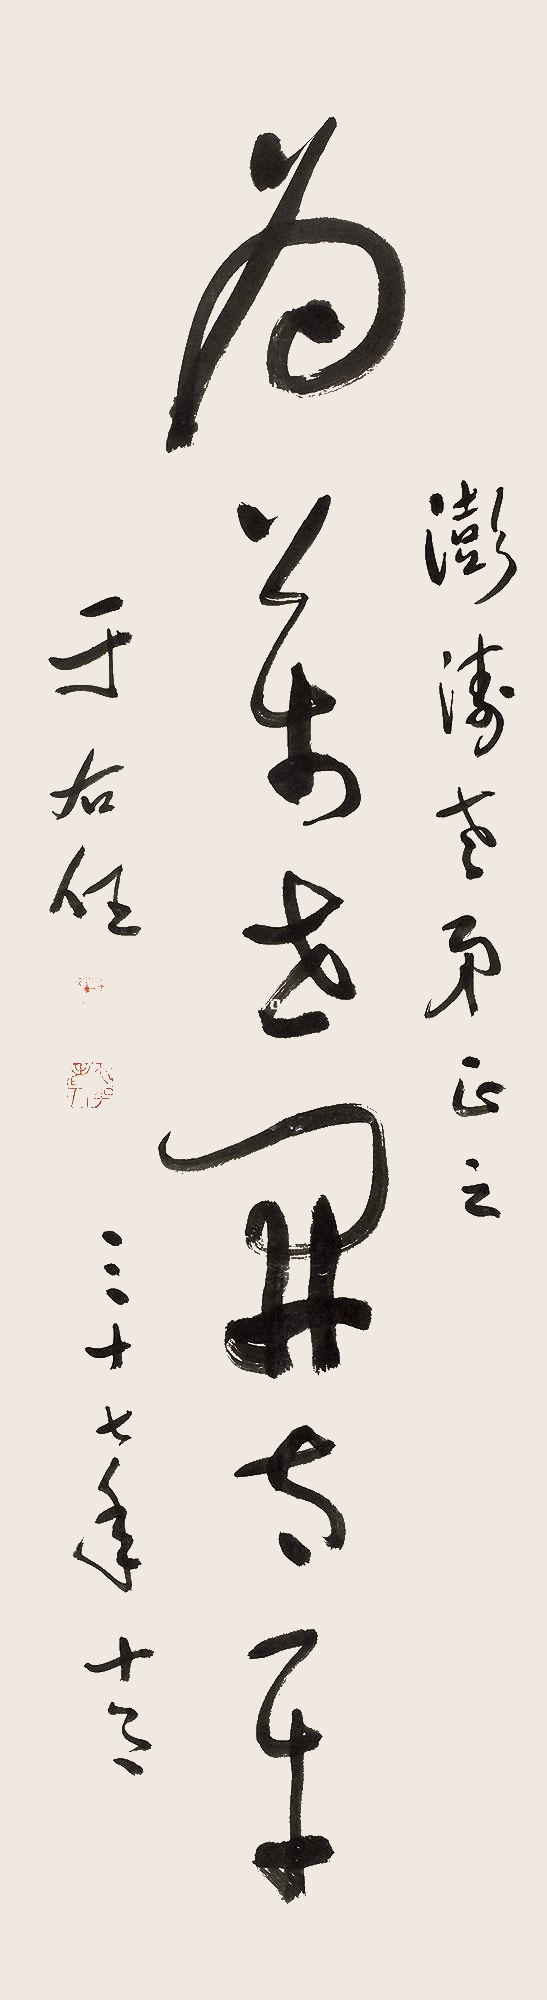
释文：为万世开太平。澎涛老弟正之，于右任，三十七年（1948年）十月。